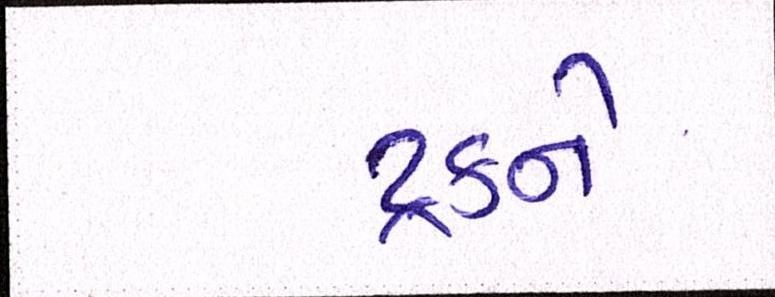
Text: ટ્રકને